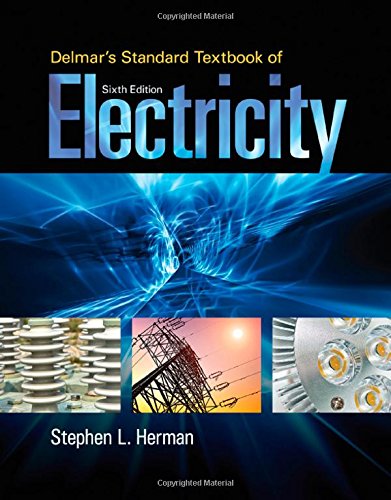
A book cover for Delmar's Standard Textbook of Electricity; Stephen Herman; Engineering & Transportation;